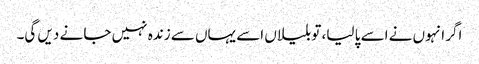
اگر انہوں نے اسے پا لیا، تو بلیاں اسے یہاں سے زندہ نہیں جا نے دیں گی۔